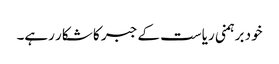
خود برہمنی ریاست کے جبر کا شکار رہے۔